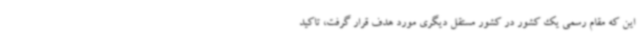
این که مقام رسمی یک کشور در کشور مستقل دیگری مورد هدف قرار گرفت، تاکید